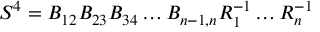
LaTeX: S ^ { 4 } = B _ { 1 2 } B _ { 2 3 } B _ { 3 4 } \dots B _ { n - 1 , n } R _ { 1 } ^ { - 1 } \dots R _ { n } ^ { - 1 }